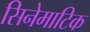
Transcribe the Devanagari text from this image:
सिनेमाटिक